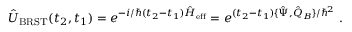
\hat { U } _ { \mathrm { B R S T } } ( t _ { 2 } , t _ { 1 } ) = e ^ { - i / \hbar ( t _ { 2 } - t _ { 1 } ) \hat { H } _ { \mathrm { e f f } } } = e ^ { ( t _ { 2 } - t _ { 1 } ) \{ \hat { \Psi } , \hat { Q } _ { B } \} / \hbar ^ { 2 } } \ .